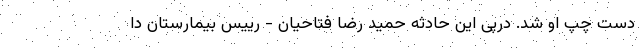
دست چپ او شد. درپی این حادثه حمید رضا فتاحیان - رییس بیمارستان دا